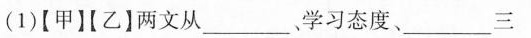
(1)[甲][乙]两文从___学习态度、___三